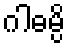
ဂါဓမ္ပိ